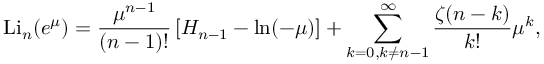
\operatorname { L i } _ { n } ( e ^ { \mu } ) = { \frac { \mu ^ { n - 1 } } { ( n - 1 ) ! } } \left[ H _ { n - 1 } - \ln ( - \mu ) \right] + \sum _ { k = 0 , k \neq n - 1 } ^ { \infty } { \frac { \zeta ( n - k ) } { k ! } } \mu ^ { k } ,